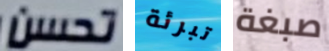
تحسن تبرئة صبغة